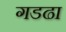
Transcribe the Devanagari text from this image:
गडढा